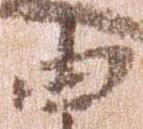
由